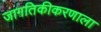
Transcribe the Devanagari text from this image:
जागतिकीकरणाला